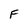
Character: F